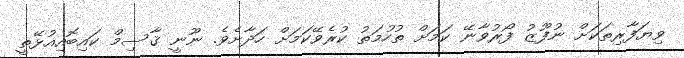
ވިޔަފާރިތަކަށް ނުފޫޒު ފޯރުވާނޭ ކަމަށް ތުހުމަތު ކުރެވޭކަމަށް ހަދާށެވެ. ނޫނީ ޤާސިމް ކައިބޮއިއުޅޭތީ